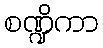
စဏ္ဍိကာ